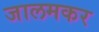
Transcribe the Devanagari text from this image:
जालमकर